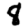
Digit: 8